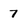
Character: 7